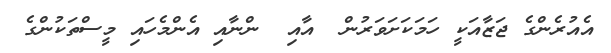
އެއުރެންގެ ޖަޒާއަކީ ހަމަކަށަވަރުން  އާއި  ންނާއި އެންމެހައި މީސްތަކުންގެ